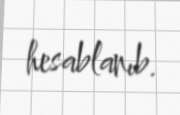
hesablanıb.